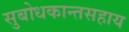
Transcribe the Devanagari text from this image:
सुबोधकान्तसहाय